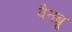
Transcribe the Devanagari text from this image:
वैनब्रू